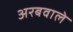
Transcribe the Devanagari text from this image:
अरबवाले